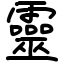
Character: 靈